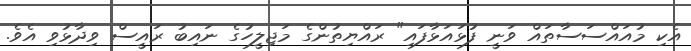
އެކި މުއައްސަސާތައް ވަނީ ފުޅައަޅާފައި" ރައްޔިތުންގެ މަޖިލީހުގެ ނައިބު ރައީސް ވިދާޅުވި އެވެ.